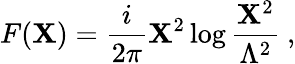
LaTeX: F(\mathbf{X})=\frac{{i}}{{2\pi}}\mathbf{X}^{2}\log\frac{{\mathbf{X}^{2}}}{{\Lambda^{2}}}\ ,